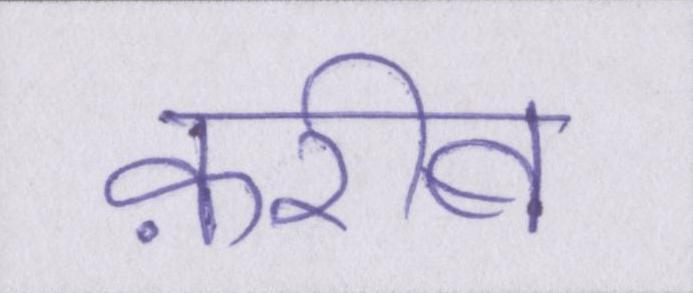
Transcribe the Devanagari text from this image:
क़रीब